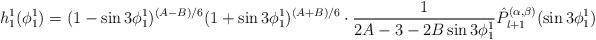
LaTeX: \begin{align*} h^1_1(\phi^1_1)=(1-\sin 3\phi^1_1)^{(A-B)/6}(1+\sin 3\phi^1_1)^{(A+B)/6}\cdot \frac{1}{2A-3-2B\sin 3\phi^1_1}\hat{P}^{(\alpha,\beta)}_{l+1}(\sin 3\phi^1_1)\end{align*}